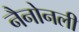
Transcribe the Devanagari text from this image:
नैनोनली